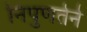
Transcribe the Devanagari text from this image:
निपुणतेने